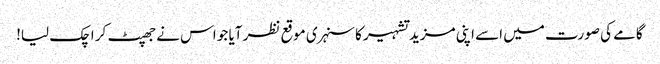
گامے کی صورت میں اسے اپنی مزید تشہیر کا سنہری موقع نظر آیا جو اس نے جھپٹ کر اچک لیا!